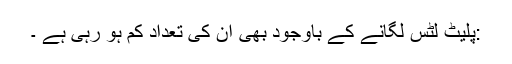
:پلیٹ لٹس لگانے کے باوجود بھی ان کی تعداد کم ہو رہی ہے ۔